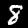
Label: 8